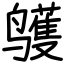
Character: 鹱